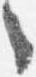
々